Report on horse surra - Volume II, Part II
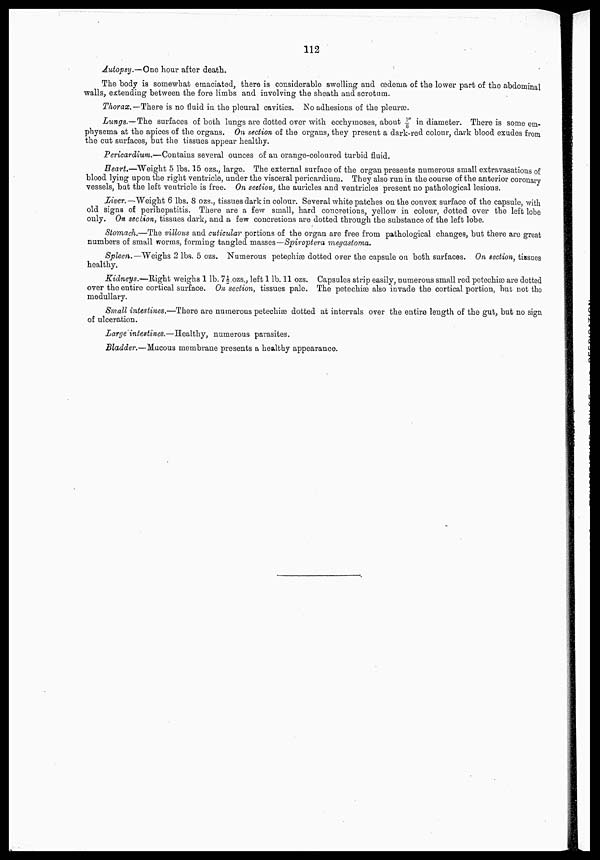
112
Autopsy.—One hour after death.
The body is somewhat emaciated, there is considerable swelling and œdema of the lower part of the abdominal
walls, extending between the fore limbs and involving the sheath and scrotum.
Thorax.—There is no fluid in the pleural cavities. No adhesions of the pleuræ.
Lungs.—The surfaces of both lungs are dotted over with ecchymoses, about 1/6" in diameter. There is some em-
physema at the apices of the organs. On section of the organs, they present a dark-red colour, dark blood exudes from
the cut surfaces, but the tissues appear healthy.
Pericardium.—Contains several ounces of an orange-coloured turbid fluid.
Heart.—Weight 5 lbs. 15 ozs., large. The external surface of the organ presents numerous small extravasations of
blood lying upon the right ventricle, under the visceral pericardium. They also run in the course of the anterior coronary
vessels, but the left ventricle is free. On section, the auricles and ventricles present no pathological lesions.
Liver.—Weight 6 lbs. 8 ozs., tissues dark in colour. Several white patches on the convex surface of the capsule, with
old signs of perihepatitis. There are a few small, hard concretions, yellow in colour, dotted over the left lobe
only. On section, tissues dark, and a few concretions are dotted through the substance of the left lobe.
Stomach.—The villous and cuticular portions of the organ are free from pathological changes, but there are great
numbers of small worms, forming tangled masses—Spiroptera megastoma.
Spleen.—Weighs 2 lbs. 5 ozs. Numerous petechiæ dotted over the capsule on both surfaces. On section, tissues
healthy.
Kidneys.—Right weighs 1 lb. 7½ ozs., left 1 lb. 11 ozs. Capsules strip easily, numerous small red petechiæ are dotted
over the entire cortical surface. On section, tissues pale. The petechiæ also invade the cortical portion, but not the
medullary.
Small intestines.—There are numerous petechiæ dotted at intervals over the entire length of the gut, but no sign
of ulceration.
Large intestines.—Healthy, numerous parasites.
Bladder.—Mucous membrane presents a healthy appearance.